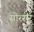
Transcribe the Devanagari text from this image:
सोरसर्र